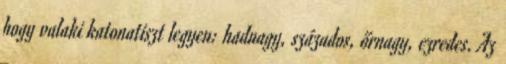
hogy valaki katonatiszt legyen: hadnagy, százados, őrnagy, ezredes. Az